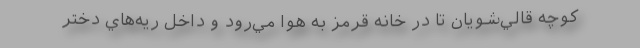
كوچه قالي‌شويان تا در خانه قرمز به هوا مي‌رود و داخل ريه‌هاي دختر